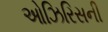
ઓઝિરિસની